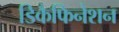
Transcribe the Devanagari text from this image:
डिकैफिनेशन